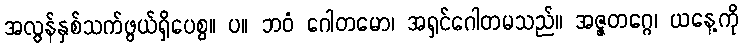
အလွန်နှစ်သက်ဖွယ်ရှိပေစွ။ ပ။ ဘဝံ ဂေါတမော၊ အရှင်ဂေါတမသည်။ အဇ္ဇတဂ္ဂေ၊ ယနေ့ကို